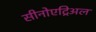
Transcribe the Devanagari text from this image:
सीनोएट्रिअल